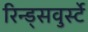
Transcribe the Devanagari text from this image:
रिन्ड्सवुर्स्टे